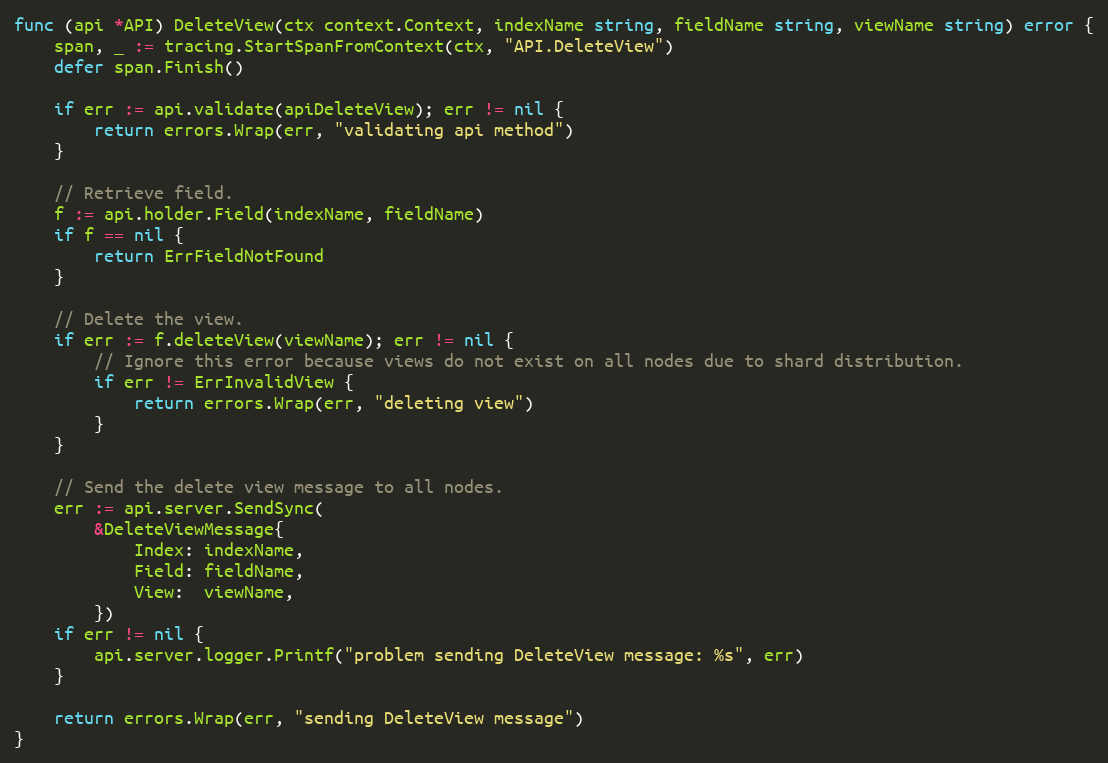
Language: Go
func (api *API) DeleteView(ctx context.Context, indexName string, fieldName string, viewName string) error {
	span, _ := tracing.StartSpanFromContext(ctx, "API.DeleteView")
	defer span.Finish()

	if err := api.validate(apiDeleteView); err != nil {
		return errors.Wrap(err, "validating api method")
	}

	// Retrieve field.
	f := api.holder.Field(indexName, fieldName)
	if f == nil {
		return ErrFieldNotFound
	}

	// Delete the view.
	if err := f.deleteView(viewName); err != nil {
		// Ignore this error because views do not exist on all nodes due to shard distribution.
		if err != ErrInvalidView {
			return errors.Wrap(err, "deleting view")
		}
	}

	// Send the delete view message to all nodes.
	err := api.server.SendSync(
		&DeleteViewMessage{
			Index: indexName,
			Field: fieldName,
			View:  viewName,
		})
	if err != nil {
		api.server.logger.Printf("problem sending DeleteView message: %s", err)
	}

	return errors.Wrap(err, "sending DeleteView message")
}